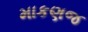
માકણજ